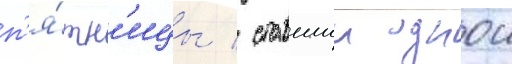
п'я́тн'ицы / ставшии однои